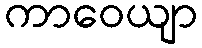
ကာဝေယျာ